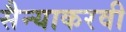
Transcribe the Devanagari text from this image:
सैन्याकरवी